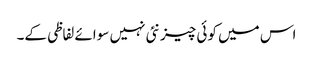
اس میں کوئی چیز نئی نہیں سوائے لفاظی کے۔